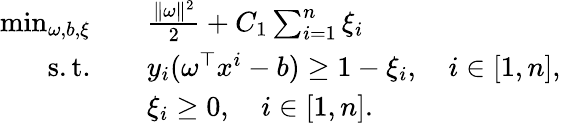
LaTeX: \begin{array}{rl}{\operatorname*{min}_{\omega,b,\xi}\quad}&{\frac{\Vert\omega\Vert^{2}}{2}+C_{1}\sum_{i=1}^{n}\xi_{i}}\\ {\mathrm{s.t.}\quad}&{y_{i}(\omega^{\top}x^{i}-b)\geq 1-\xi_{i},\quad i\in[1,n],}\\ &{\xi_{i}\geq 0,\quad i\in[1,n].}\end{array}